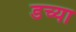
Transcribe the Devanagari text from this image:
डच्या